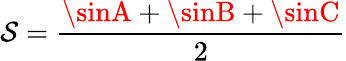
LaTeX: \mathcal{S}={\frac{{\sinA+\sinB+\sinC}}{{2}}}